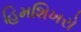
હિમશિખરો